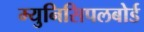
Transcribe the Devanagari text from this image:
म्युनिसिपलबोर्ड